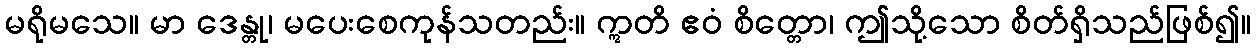
မရိုမသေ။ မာ ဒေန္တု၊ မပေးစေကုန်သတည်း။ ဣတိ ဧဝံ စိတ္တော၊ ဤသို့သော စိတ်ရှိသည်ဖြစ်၍။